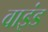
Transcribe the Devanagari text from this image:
वाइंड